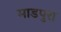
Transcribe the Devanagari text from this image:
माडपुरा